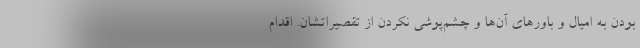
بودن به امیال و باورهای آن‌ها و چشم‌پوشی نکردن از تقصیراتشان. اقدام